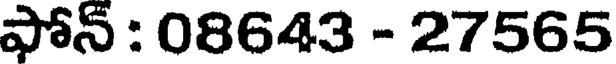
ఫోన్ : 08643 - 27565